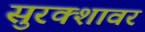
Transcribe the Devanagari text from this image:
सुरक्शावर